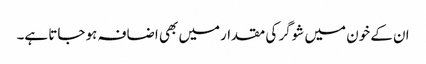
ان کے خون میں شوگر کی مقدارمیں بھی اضافہ ہو جاتا ہے۔